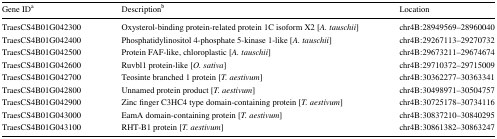
<table><thead><tr><td><b>Gene ID<sup>a</sup></b></td><td><b>Description<sup>b</sup></b></td><td><b>Location</b></td></tr></thead><tbody><tr><td>TraesCS4B01G042300</td><td>Oxysterol-binding protein-related protein 1C isoform X2 [<i>A. tauschii</i>]</td><td>chr4B:28949569–28960040</td></tr><tr><td>TraesCS4B01G042400</td><td>Phosphatidylinositol 4-phosphate 5-kinase 1-like [<i>A. tauschii</i>]</td><td>chr4B:29267113–29270732</td></tr><tr><td>TraesCS4B01G042500</td><td>Protein FAF-like, chloroplastic [<i>A. tauschii</i>]</td><td>chr4B:29673211–29674674</td></tr><tr><td>TraesCS4B01G042600</td><td>Ruvbl1 protein-like [<i>O. sativa</i>]</td><td>chr4B:29710372–29715009</td></tr><tr><td>TraesCS4B01G042700</td><td>Teosinte branched 1 protein [<i>T. aestivum</i>]</td><td>chr4B:30362277–30363341</td></tr><tr><td>TraesCS4B01G042800</td><td>Unnamed protein product [<i>T. aestivum</i>]</td><td>chr4B:30498971–30504757</td></tr><tr><td>TraesCS4B01G042900</td><td>Zinc finger C3HC4 type domain-containing protein [<i>T. aestivum</i>]</td><td>chr4B:30725178–30734116</td></tr><tr><td>TraesCS4B01G043000</td><td>EamA domain-containing protein [<i>T. aestivum</i>]</td><td>chr4B:30837210–30840295</td></tr><tr><td>TraesCS4B01G043100</td><td>RHT-B1 protein [<i>T. aestivum</i>]</td><td>chr4B:30861382–30863247</td></tr></tbody></table>